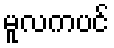
မူလကပင်